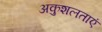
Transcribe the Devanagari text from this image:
अकुशलताएं